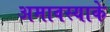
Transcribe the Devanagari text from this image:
अमावस्याके